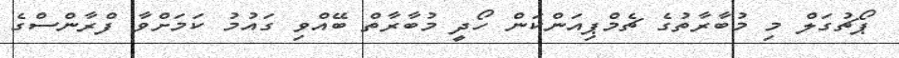
ޕޯޗުގަލް މި މުބާރާތުގެ ޗެމްޕިއަންކަން ހޯދީ މުބާރާތް ބޭއްވި ގައުމު ކަމަށްވާ ފްރާންސްގެ